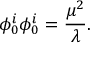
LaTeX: \phi _ { 0 } ^ { i } \phi _ { 0 } ^ { i } = { \frac { \mu ^ { 2 } } { \lambda } } .